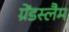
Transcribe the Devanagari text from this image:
ग्रेंडस्लैम